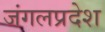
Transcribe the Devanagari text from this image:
जंगलप्रदेश